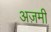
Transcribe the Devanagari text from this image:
अज़मी